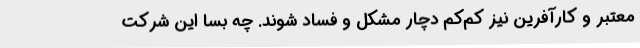
معتبر و کارآفرین نیز کم‌کم دچار مشکل و فساد شوند. چه بسا این شرکت